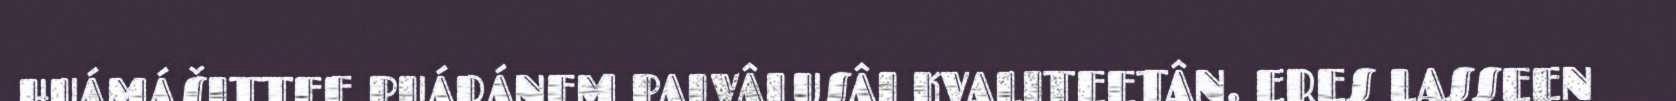
HUÁMÁŠITTEE PUÁRÁNEM PALVÂLUSÂI KVALITEETÂN. ERES LASSEEN